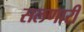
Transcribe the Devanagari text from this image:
सलणारी